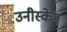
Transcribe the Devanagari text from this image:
उनीस्केन